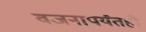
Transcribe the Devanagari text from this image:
वजनापर्यंतही